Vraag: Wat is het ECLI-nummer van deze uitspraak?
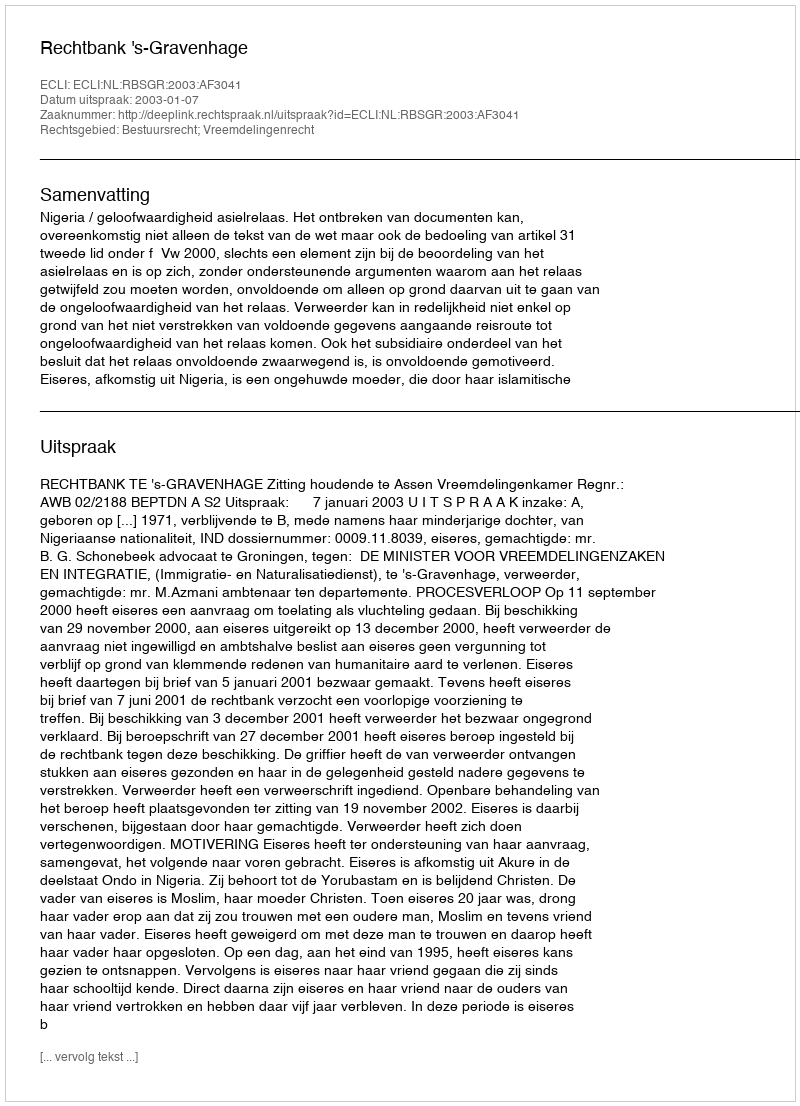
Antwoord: ECLI:NL:RBSGR:2003:AF3041